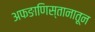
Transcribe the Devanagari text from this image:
अफङाणिस्तानातून